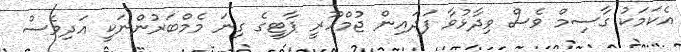
އެކަމަކު ގާސިމް ވެސް ވިދާޅުވާ ފަދައިން ޖުމްހޫރީ ޕާޓީގެ ގިނަ މެމްބަރުންނަކީ އަދިވެސް